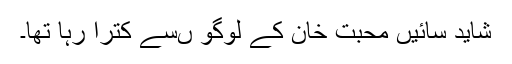
شاید سائیں محبت خان کے لوگو ںسے کترا رہا تھا۔